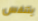
يتنفس